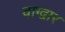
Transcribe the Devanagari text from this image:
वाग्द्वार